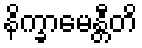
နိက္ခာမေန္တီတိ